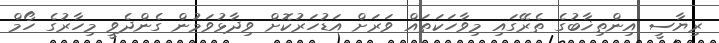
ރިޔާސީ އިންތިޚާބުގެ ތެރޭގައި މިވާހަކަތައް ވަރަށް އަޑުހަރުކޮށް ވިދާޅުވަމުން ގެންދެވީ މިހާރުގެ ހޯމް